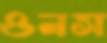
ওনস